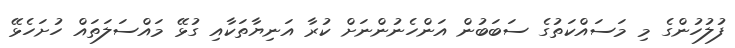
ފުލުހުންގެ މި މަސައްކަތުގެ ސަބަބުން އަންހެނުންނަށް ކުރާ އަނިޔާތަކާއި ގުޅޭ މައްސަލަތައް ހުށަހެޅޭ